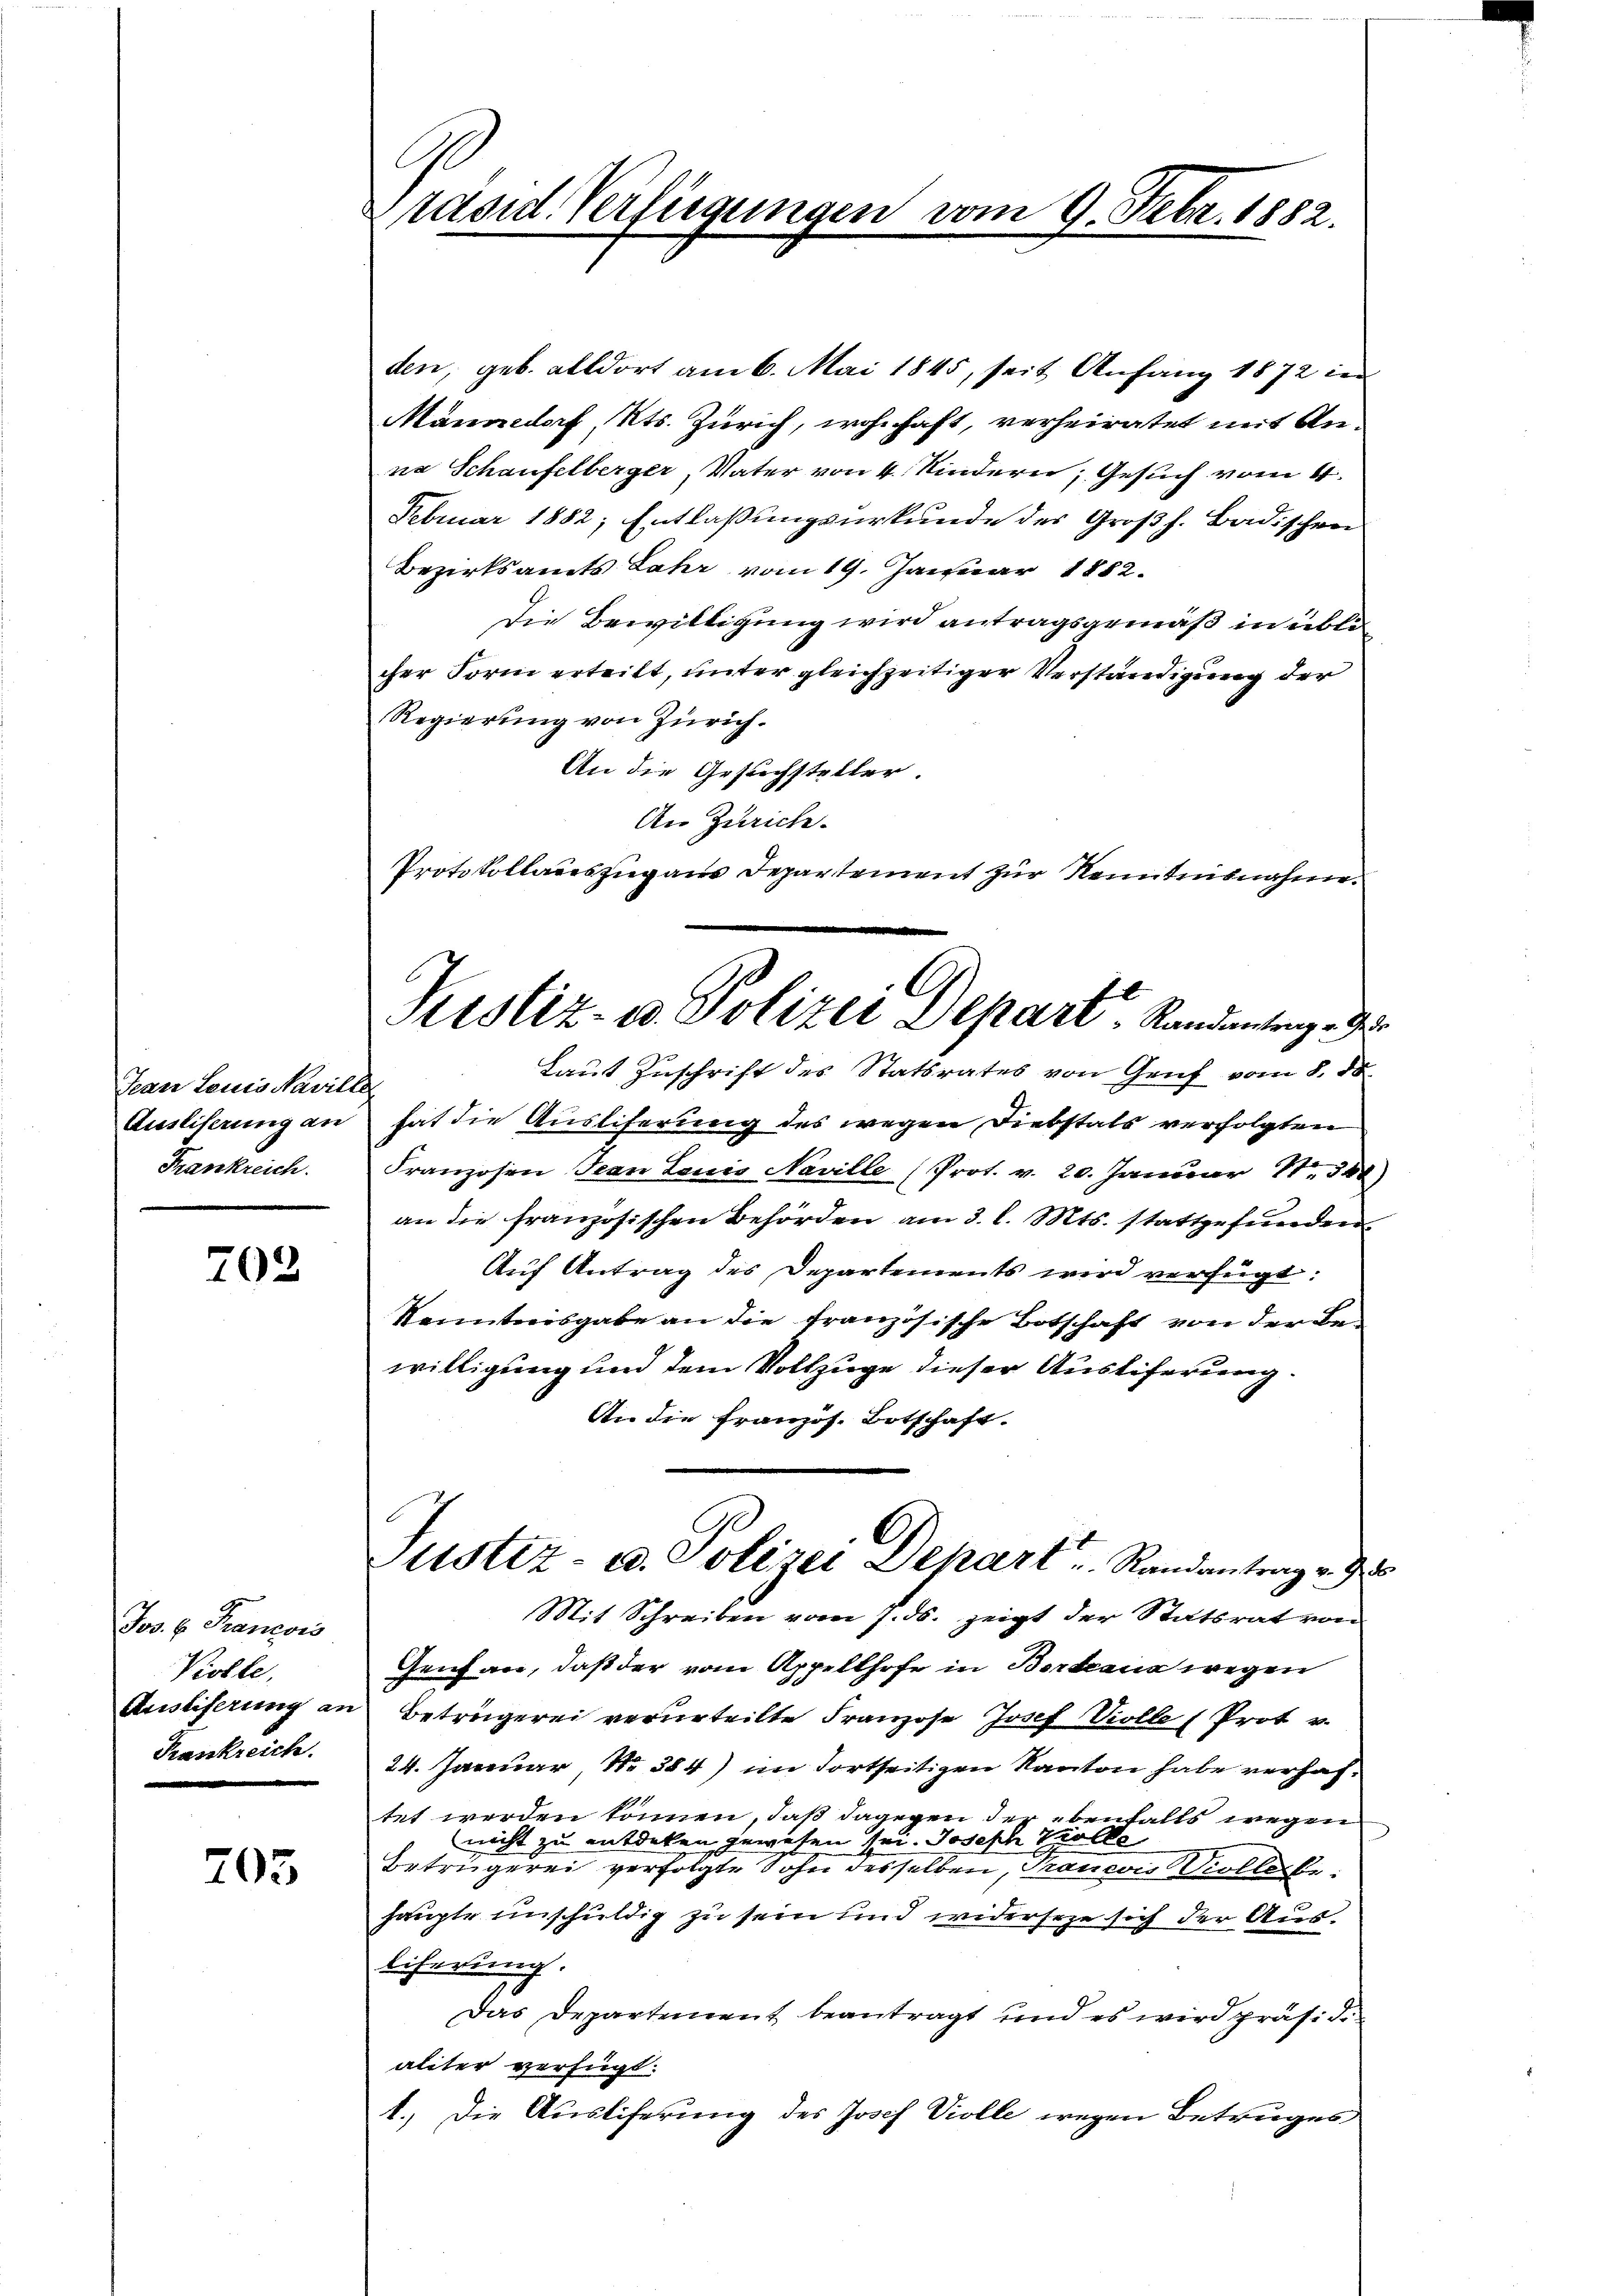
Jean Leuis Naville
Ausliserung an
Frankreich.

202

den, geb. alldort am 6. Mai 1845, seit Anfang 1872 in
Männedorf, Kts. Zürich, wohnhaft, verheiratet mit Anna Schaufelberger, Vater von 4 Kindern, Gesuch vom 4.
Februar 1882; Entlaßungsurkunde der Großh. Badischen
Bezirksamts Jahr vom 19. Januar 1882.
Die Bewilligung wird antragsgemäß in üblicher Form erteilt, unter gleichzeitiger Verständigung der
Regierung von Zürich.
An die Gesuchsteller.
An Zürich.
Protokollauszug aus Departement zur Kenntnisnahme

Jos. v. Francois
Kiolle,
Austiferung an
Krankreich.

205

Präsid. Verfügungen vom 9. Febr. 1882.

Justiz- u. Polizei Depart, Randantenge d

Laut Zuschrift des Statsrates von Genf vom 8. 88.
hat die Ausliferung des wegen Diebstals verfolgten
Franzosen Jean Louis Naville (Prot. v. 20. Januar 18. 348)
an die französischen Behörden am 3. l. Mts. stattgefunden.
Auf Antrag des Departements wird verfügt:
Kenntnisgabe an die französische Botschaft von der Bewilligung und dem Vollzuge dieser Austiferung.
An die Französ. Botschaft.
Mit Schreiben vom 7. ds. zeigt der Statsrat von
Genhan, daß der vom Appellhofe in Bertaus wegen
Beträgerei verurteilte Franzose Josef Violle (Prot v.
24. Januar, No. 384) im Fortseitigen Kanton habe verhaftet werden können, daß dagegen der ebenfalls wegen
nicht zu entdeken gewesen sei. Joseph Trolle
Betrügerei verfolgte Sohn desselben, Francois Viollerbe
haupte unschuldig zu sein und widerseze sich der Ausliferung.
Das Departement beantragt und es wird präsidialiter verfügt:
1.) Die Ausliferung des Josef Violle wegen Betruges

Justiz- u. Polizei Depart u. Randantrag v. J

u